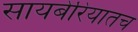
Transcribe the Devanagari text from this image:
सायबेरियातच